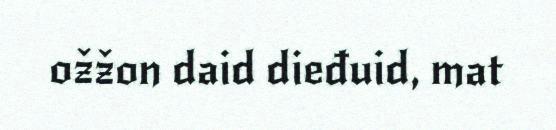
ožžon daid dieđuid, mat